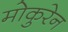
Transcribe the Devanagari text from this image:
मोकुरेन